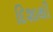
દિશાથી